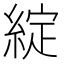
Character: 綻